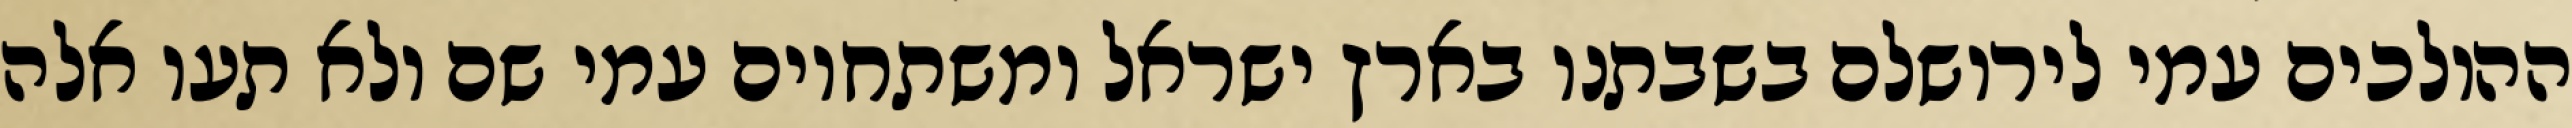
ההולכים עמי לירושלם בשבתנו בארץ ישראל ומשתחוים עמי שם ולא תעו אלה